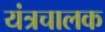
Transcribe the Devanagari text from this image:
यंत्रचालक